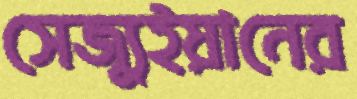
সেজ্যুইয়ানের